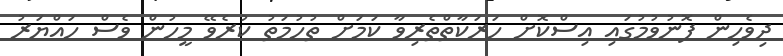
ދިވެހިން ފޮނުވުމުގައި އިސްކޮށް ހަރަކާތްތެރިވާ ކަމަށް ތުހުމަތު ކުރެވޭ މީހުން ވެސް ހައްޔަރު